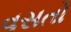
વસતો